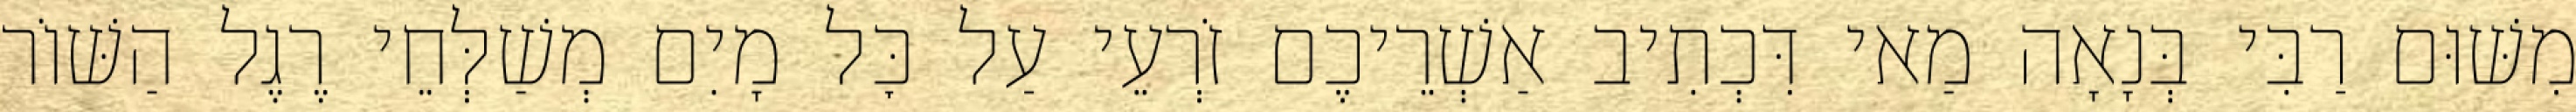
מִשּׁוּם רַבִּי בְּנָאָה מַאי דִּכְתִיב אַשְׁרֵיכֶם זֹרְעֵי עַל כׇּל מָיִם מְשַׁלְּחֵי רֶגֶל הַשּׁוֹר